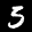
Label: 5